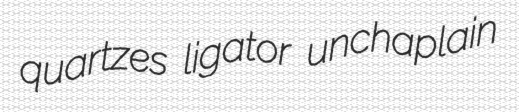
quartzes ligator unchaplain